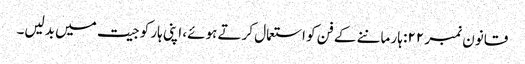
قانون نمبر ۲۲: ہار ماننے کے فن کو استعمال کرتے ہوئے، اپنی ہار کو جیت میں بدلیں۔